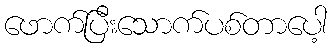
ဖောက်ပြီးသောက်ပစ်တာပေါ့